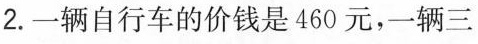
2.一辆自行车的价钱是460元，一辆三